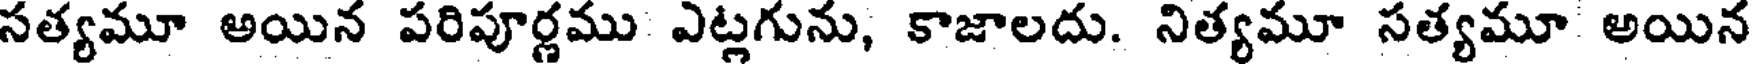
సత్యమూ అయిన పరిపూర్ణము ఎట్లగును, కాజాలదు. నిత్యమూ సత్యమూ అయిన